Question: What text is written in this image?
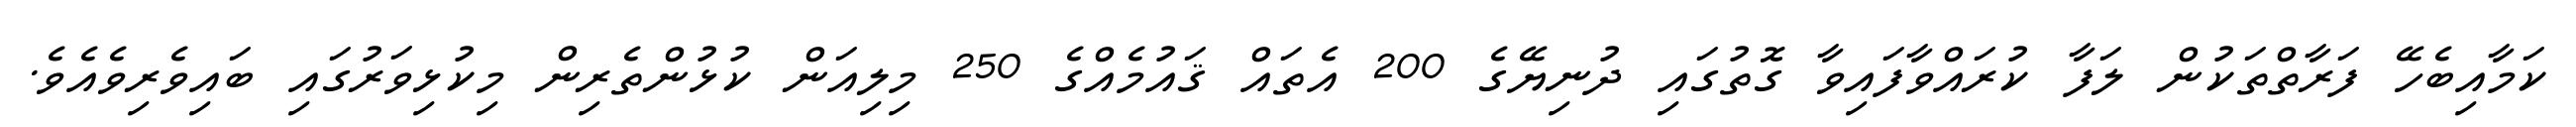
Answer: ކަމާއިބެހޭ ފަރާތްތަކުން ލަފާ ކުރައްވާފައިވާ ގޮތުގައި ދުނިޔޭގެ 200 އެތައް ޤައުމެއްގެ 250 މިލިއަން ކުޅުންތެރިން މިކުޅިވަރުގައި ބައިވެރިވެއެވެ.